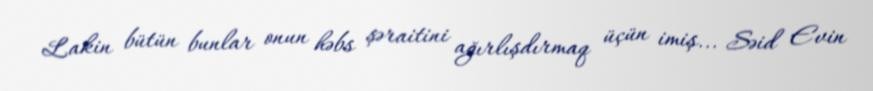
Lakin bütün bunlar onun həbs şəraitini ağırlışdırmaq üçün imiş... Səid Evin